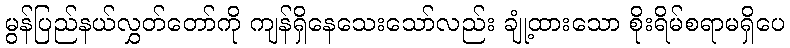
မွန်ပြည်နယ်လွှတ်တော်ကို ကျန်ရှိနေသေးသော်လည်း ချုံ့ထားသော စိုးရိမ်စရာမရှိပေ